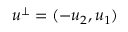
u ^ { \perp } = ( - u _ { 2 } , u _ { 1 } )